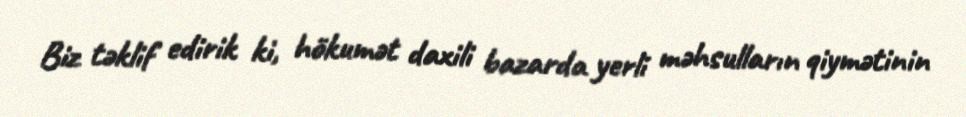
Biz təklif edirik ki, hökumət daxili bazarda yerli məhsulların qiymətinin